Civil Veterinary Dept. Bombay admin report 1900-1906 - 1900-1906
Year: 1900
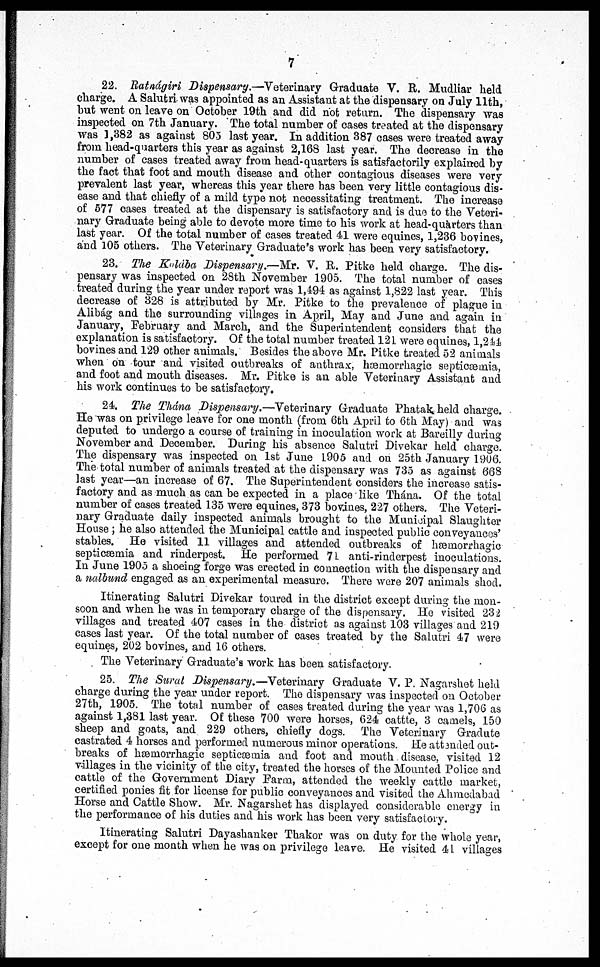
7
22. Ratnágiri Dispensary.—Veterinary Graduate V. R. Mudliar held
charge. A Salutri was appointed as an Assistant at the dispensary on July 11th,
hut went on leave on October 19th and did not return. The dispensary was
inspected on 7th January. The total number of cases treated at the dispensary
was 3,382 as against 803 last year. In addition 387 cases were treated away
from head-quarters this year as against 2,168 last year. The decrease in the
number of cases treated away from head-quarters is satisfactorily explained by
the fact that foot and mouth disease and other contagious diseases were very
prevalent last year, whereas this year there has been very little contagious dis-
ease and that chiefly of a mild type not necessitating treatment. The increase
of 577 cases treated at the dispensary is satisfactory and is due to the Veteri-
nary Graduate being able to devote more time to his work at head-quarters than
last year. Of the total number of cases treated 41 were equines, 1,236 bovines,
and 105 others. The Veterinary Graduate's work has been very satisfactory.
23. The Kolába Dispensary.—Mr. V. R. Pitke held charge. The dis-
pensary was inspected on 28th November 1905. The total number of cases
treated during the year under report was 1,494 as against 1,822 last year. This
decrease of 328 is attributed by Mr. Pitke to the prevalence of plague in
Alibág and the surrounding villages in April, May and June and again in
January, February and March, and the Superintendent considers that the
explanation is satisfactory. Of the total number treated 121 were equines, 1,244
bovines and 129 other animals. Besides the above Mr. Pitke treated 52 animals
when on tour and visited outbreaks of anthrax, hæmorrhagic septicæmia,
and foot and mouth diseases. Mr. Pitke is an able Veterinary Assistant and
his work continues to be satisfactory.
24. The Thána Dispensary.—Veterinary Graduate Phatak held charge.
He was on privilege leave for one month (from 6th April to 6th May) and was
deputed to undergo a course of training in inoculation work at Bareilly during
November and December. During his absence Salutri Divekar held charge.
The dispensary was inspected on 1st June 1905 and on 25th January 1906.
The total number of animals treated at the dispensary was 735 as against 668
last year—an increase of 67. The Superintendent considers the increase satis-
factory and as much as can be expected in a place like Thána. Of the total
number of cases treated 135 were equines, 373 bovines, 227 others. The Veteri-
nary Graduate daily inspected animals brought to the Municipal Slaughter
House; he also attended the Municipal cattle and inspected public conveyances'
stables. He visited 11 villages and attended outbreaks of hæmorrhagic
septicæmia and rinderpest. He performed 71 anti-rinderpest inoculations.
In June 1905 a shoeing forge was erected in connection with the dispensary and
a nalbund engaged as an experimental measure. There were 207 animals shod.
Itinerating Salutri Divekar toured in the district except during the mon-
soon and when he was in temporary charge of the dispensary. He visited 232
villages and treated 407 cases in the district as against 103 villages and 219
cases last year. Of the total number of cases treated by the Salutri 47 were
equines, 202 bovines, and 16 others.
The Veterinary Graduate's work has been satisfactory.
25. The Sural Dispensary.—Veterinary Graduate V. P. Nagarshet held
charge during the year under report. The dispensary was inspected on October
27th, 1905. The total number of cases treated during the year was 1,706 as
against 1,381 last year. Of these 700 were horses, 624 cattle, 3 camels, 150
sheep and goats, and 229 others, chiefly dogs. The Veterinary Gradute
castrated 4 horses and performed numerous minor operations. He attended out-
breaks of hæmorrhagic septicæmia and foot and mouth disease, visited 12
villages in the vicinity of the city, treated the horses of the Mounted Police and
cattle of the Government Diary Farm, attended the weekly cattle market,
certified ponies fit for license for public conveyances and visited the Ahmedabad
Horse and Cattle Show. Mr. Nagarshet has displayed considerable energy in
the performance of his duties and his work has been very satisfactory.
Itinerating Salutri Dayashanker Thakor was on duty for the whole year,
except for one month when he was on privilege leave. He visited 41 villages